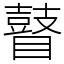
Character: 瞽